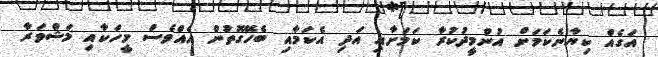
އަގެއް ކިޔާނެކަމަށް އުންމީދުކުރާ ކަމަށާއި އަދި އެކަމާއި ބެހޭގޮތުން އެއްވެސް މީހަކާއި މަޝްވަރާ